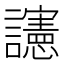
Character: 䜢